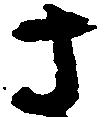
さ